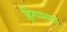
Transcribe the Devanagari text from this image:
हिरण्मयात्